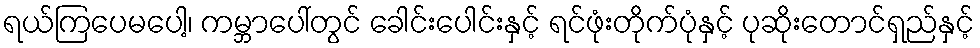
ရယ်ကြပေမပေါ့၊ ကမ္ဘာပေါ်တွင် ခေါင်းပေါင်းနှင့် ရင်ဖုံးတိုက်ပုံနှင့် ပုဆိုးတောင်ရှည်နှင့်